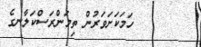
٣٢        ހަމަކަށަވަރުން ތިމަންރަސްކަލާނގެ